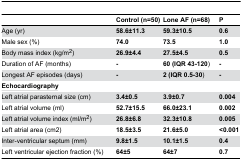
<table><thead><tr><td></td><td><b>Control (n=50)</b></td><td><b>Lone AF (n=68)</b></td><td><b>P</b></td></tr></thead><tbody><tr><td>Age (yr)</td><td><b>58.6±11.3</b></td><td><b>59.3±10.5</b></td><td><b>0.6</b></td></tr><tr><td>Male sex (%)</td><td><b>74.0</b></td><td><b>73.5</b></td><td><b>1.0</b></td></tr><tr><td>Body mass index (kg/m<sup>2</sup>)</td><td><b>26.9±4.4</b></td><td><b>27.5±4.5</b></td><td><b>0.5</b></td></tr><tr><td>Duration of AF (months)</td><td><b>-</b></td><td><b>60 (IQR 43-120</b>)</td><td><b>-</b></td></tr><tr><td>Longest AF episodes (days)</td><td><b>-</b></td><td><b>2 (IQR 0.5-30</b>)</td><td><b>-</b></td></tr><tr><td><b><underline>Echocardiography</underline></b></td><td></td><td></td><td></td></tr><tr><td>Left atrial parasternal size (cm)</td><td><b>3.4±0.5</b></td><td><b>3.9±0.7</b></td><td><b>0.004</b></td></tr><tr><td>Left atrial volume (ml)</td><td><b>52.7±15.5</b></td><td><b>66.0±23.1</b></td><td><b>0.002</b></td></tr><tr><td>Left atrial volume index (ml/m<sup>2</sup>)</td><td><b>26.8±6.8</b></td><td><b>32.3±10.8</b></td><td><b>0.005</b></td></tr><tr><td>Left atrial area (cm2)</td><td><b>18.5±3.5</b></td><td><b>21.6±5.0</b></td><td><b>&lt;0.001</b></td></tr><tr><td>Inter-ventricular septum (mm)</td><td><b>9.8±1.5</b></td><td><b>10.1±1.5</b></td><td><b>0.4</b></td></tr><tr><td>Left ventricular ejection fraction (%)</td><td><b>64±5</b></td><td><b>64±7</b></td><td><b>0.7</b></td></tr></tbody></table>